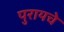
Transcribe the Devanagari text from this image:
पुरायचे